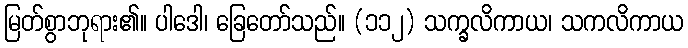
မြတ်စွာဘုရား၏။ ပါဒေါ၊ ခြေတော်သည်။ (၁၁၂) သက္ခလိကာယ၊ သကလိကာယ